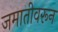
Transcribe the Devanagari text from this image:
जमातीवरून